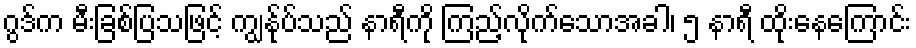
ဂွဒ်က မီးခြစ်ပြသဖြင့် ကျွန်ုပ်သည် နာရီကို ကြည့်လိုက်သောအခါ၊ ၅ နာရီ ထိုးနေကြောင်း